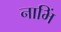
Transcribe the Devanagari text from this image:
नाभिं